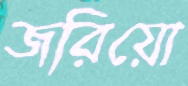
জরিয়ো